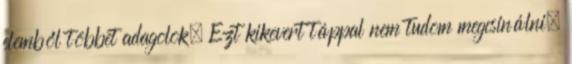
elemből többet adagolok. Ezt kikevert táppal nem tudom megcsinálni,